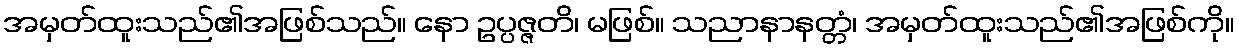
အမှတ်ထူးသည်၏အဖြစ်သည်။ နော ဥပ္ပဇ္ဇတိ၊ မဖြစ်။ သညာနာနတ္တံ၊ အမှတ်ထူးသည်၏အဖြစ်ကို။